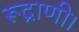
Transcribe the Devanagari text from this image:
रूद्राणी।